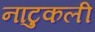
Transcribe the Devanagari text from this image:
नाटुकली